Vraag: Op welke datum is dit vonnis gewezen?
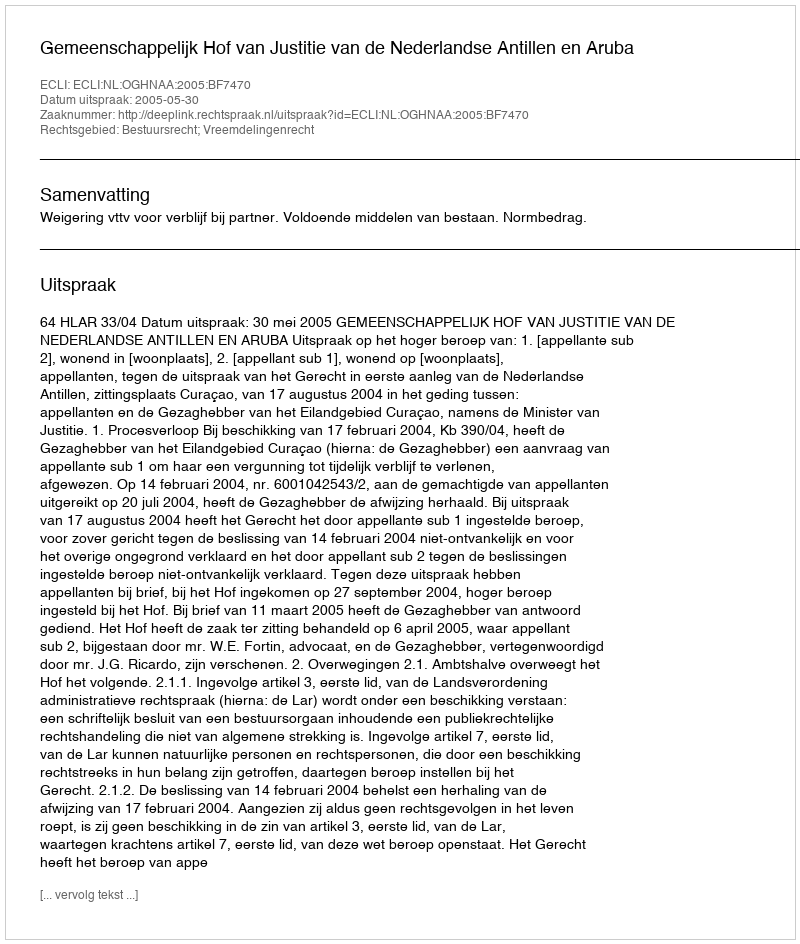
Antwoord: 2005-05-30